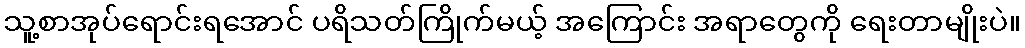
သူ့စာအုပ်ရောင်းရအောင် ပရိသတ်ကြိုက်မယ့် အကြောင်း အရာတွေကို ရေးတာမျိုးပဲ။